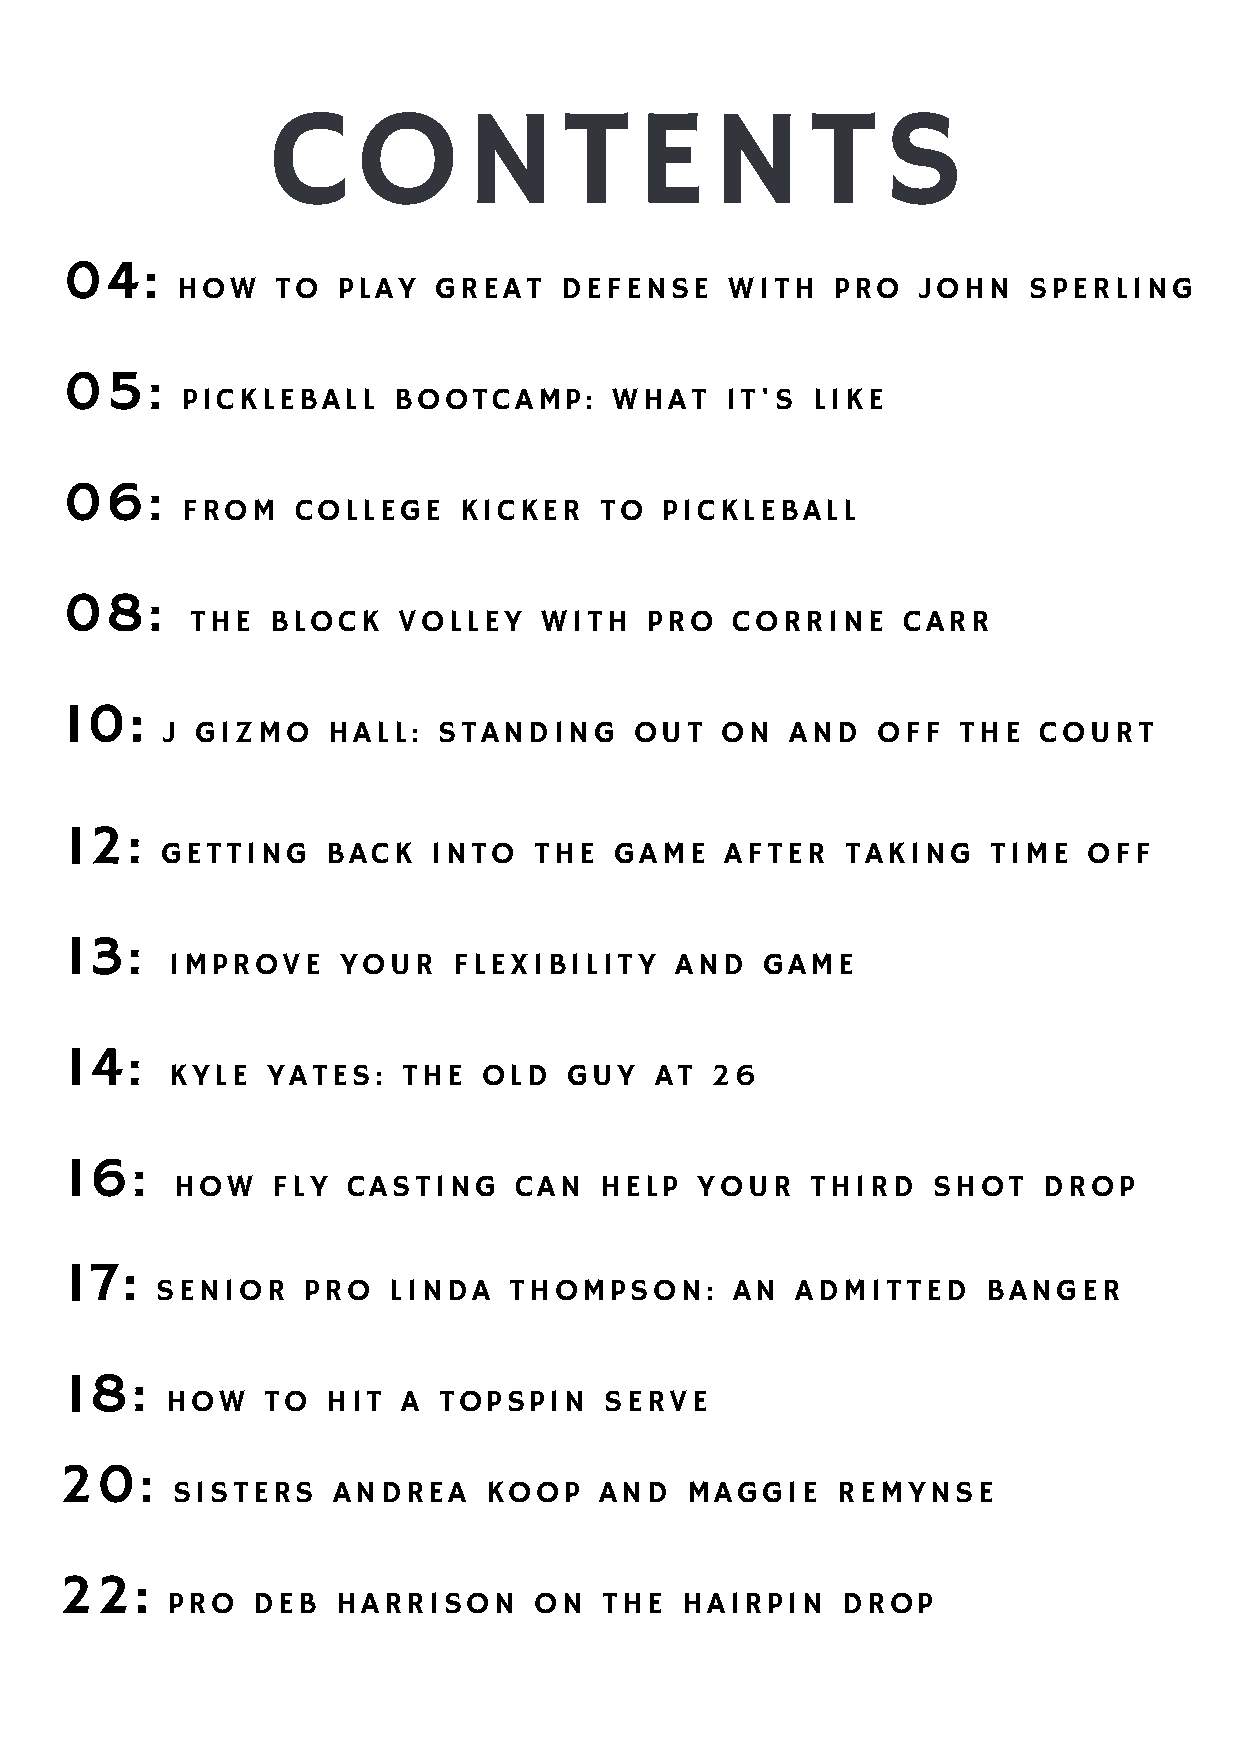
CONTENTS
 04:
 HOW   TO  PLAY   GREAT   DEFENSE    WITH   PRO   JOHN   SPERLING
 05:
 PICKLEBALL    BOOTCAMP:      WHAT   IT'S  LIKE
 06:
 FROM   COLLEGE    KICKER    TO  PICKLEBALL
 08:
 THE  BLOCK   VOLLEY    WITH   PRO  CORRINE     CARR
 10:
 J GIZMO    HALL:  STANDING     OUT   ON  AND   OFF  THE   COURT
 12:
 GETTING    BACK   INTO  THE   GAME   AFTER   TAKING    TIME  OFF
 13:
 IMPROVE    YOUR    FLEXIBILITY    AND  GAME
 14:
 KYLE   YATES:   THE  OLD   GUY  AT  26
 16:
 HOW   FLY  CASTING    CAN   HELP  YOUR    THIRD   SHOT   DROP
 17:
 SENIOR    PRO   LINDA   THOMPSON:     AN   ADMITTED    BANGER
 18:
 HOW   TO   HIT  A TOPSPIN    SERVE
 20:
 SISTERS    ANDREA    KOOP    AND  MAGGIE    REMYNSE
 22:
 PRO   DEB  HARRISON     ON   THE  HAIRPIN    DROP